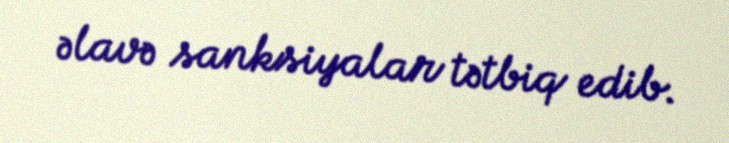
əlavə sanksiyalar tətbiq edib.